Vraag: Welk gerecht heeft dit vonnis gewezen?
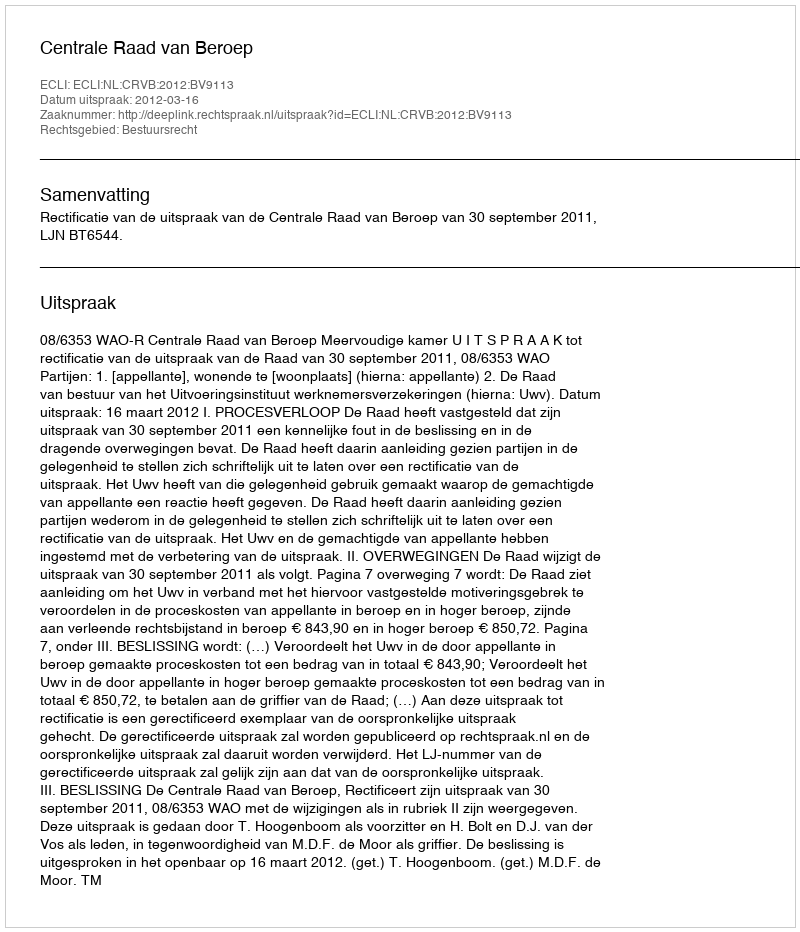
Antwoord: Centrale Raad van Beroep